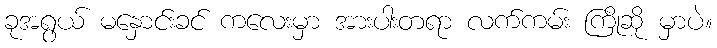
ခုအရွယ် မနှောင်းခင် ကလေးမှာ အားပါးတရာ လက်ကမ်း ကြိုဆို မှာပဲ။